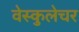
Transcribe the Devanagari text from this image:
वेस्कुलेचर